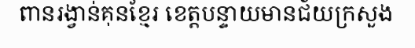
ពានរង្វាន់គុនខ្មែរ ខេត្តបន្ទាយមានជ័យក្រសួង